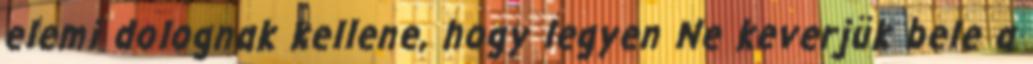
elemi dolognak kellene, hogy legyen Ne keverjük bele a